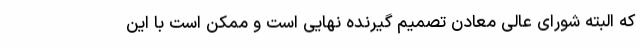
که البته شورای عالی معادن تصمیم گیرنده نهایی است و ممکن است با این